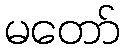
မတော်